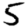
Digit: 5